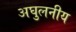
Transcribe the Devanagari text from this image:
अघुलनीय